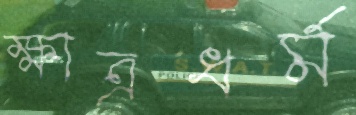
ক্ষাত্রধর্ম